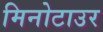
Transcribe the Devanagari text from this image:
मिनोटाउर